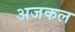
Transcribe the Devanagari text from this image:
अजकल